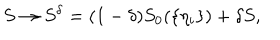
LaTeX: S \to S ^ { \delta } = ( 1 - \delta ) S _ { 0 } ( \{ \eta _ { i } \} ) + \delta S ,